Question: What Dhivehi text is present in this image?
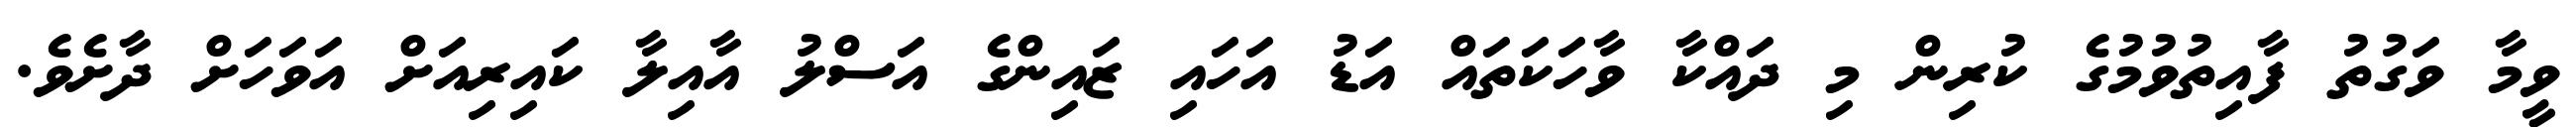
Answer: ވީމާ ވަގުތު ފާއިތުވުމުގެ ކުރިން މި ދައްކާ ވާހަކަތައް އަޑު އަހައި ޒައިންގެ އަސްލު އާއިލާ ކައިރިއަށް އަވަހަށް ދާށެވެ.